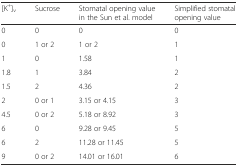
<table><thead><tr><td><b>[K<sup>+</sup>]<sub>v</sub></b></td><td><b>Sucrose</b></td><td><b>Stomatal opening value in the Sun et al. model</b></td><td><b>Simplified stomatal opening value</b></td></tr></thead><tbody><tr><td>0</td><td>0</td><td>0</td><td>0</td></tr><tr><td>0</td><td>1 or 2</td><td>1 or 2</td><td>1</td></tr><tr><td>1</td><td>0</td><td>1.58</td><td>1</td></tr><tr><td>1.8</td><td>1</td><td>3.84</td><td>2</td></tr><tr><td>1.5</td><td>2</td><td>4.36</td><td>2</td></tr><tr><td>2</td><td>0 or 1</td><td>3.15 or 4.15</td><td>3</td></tr><tr><td>4.5</td><td>0 or 2</td><td>5.18 or 8.92</td><td>3</td></tr><tr><td>6</td><td>0</td><td>9.28 or 9.45</td><td>5</td></tr><tr><td>6</td><td>2</td><td>11.28 or 11.45</td><td>5</td></tr><tr><td>9</td><td>0 or 2</td><td>14.01 or 16.01</td><td>6</td></tr></tbody></table>